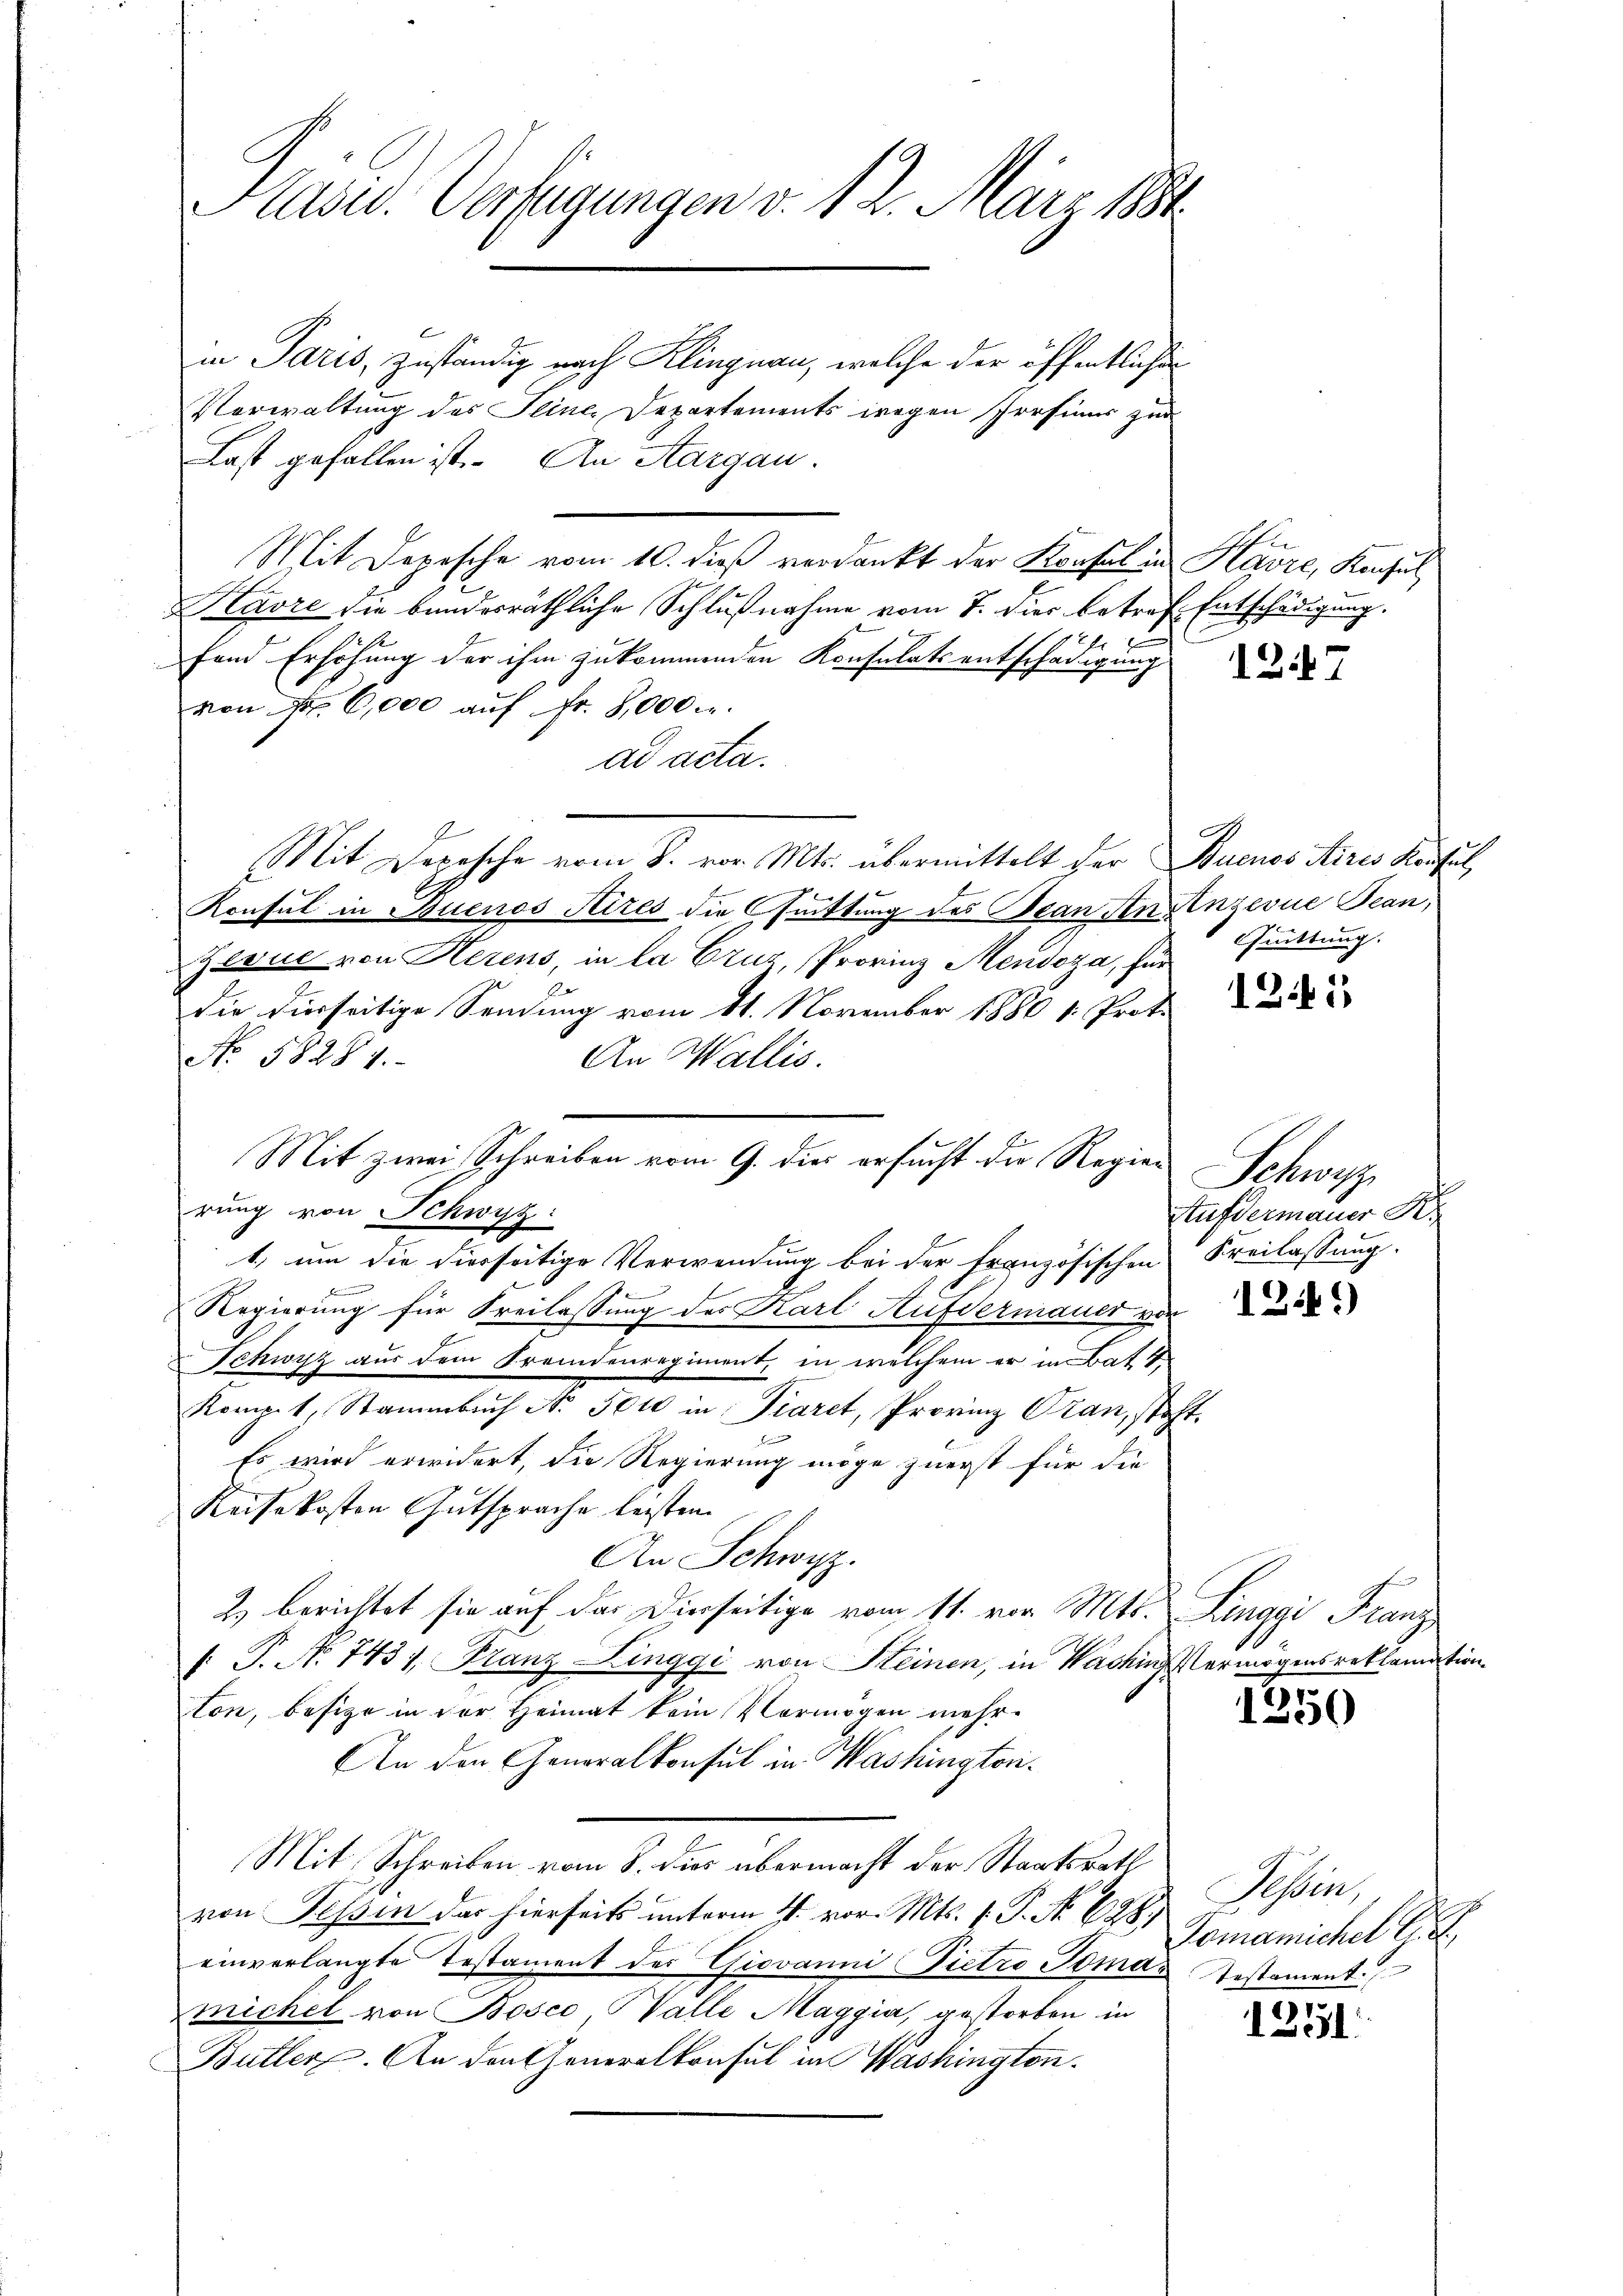
Präsid. Verfügungen v. 12. März 189

in Paris, zuständig nach Klingnau, welche der öffentlichen
Verwaltung des Seine Departements wegen Prosiner zur
Last gefallen ist. An Aargau.
Mit Depesche vom 10. dieß verdankt der Konsul in Havre, Konsul
Kavre die bundesräthliche Schlußnahme vom 7. dies betref Entschädigung.
fand Erhöhung der ihm zukommenden Konsulatsentschädigung
von Nr. 6,000 aŭf Fr. 8000
ad acta.
Mit Depesche vom 8. vor. Mts. übermittelt der Buenos Aires Konsul,
.
Konsul in Buenos Aires die Guittung des Jean An einzerne Bean,
Jerus von Herens, in la Cruz, Provinz Mendoza, für
die dierseitige Sendung vom 11. November 1880 v. Prot.
No. 58281.
An Wallis.
1.) um die hierseitige Verwendung bei der französischen Freilassung.
Regierung für Freilassung des Karl Aufdermauer vor
Schwyz aus dem Fremdenregiment, in welchem er in Bat 4
Komp. 1, Stammbuch No. 5000 in Piaret, Provinz Oran, steht.
Es wird erwidert, die Regierung möge zuerst für die
Reisekosten Gutsprache leisten.
An Schwyz.
2) berichtet sie auf das Dierseitige vom 11. von Mts. Linggi Franz
: P. No 7431, Franz Zinggi von Steinen, in Washin ermögensreklamation
ton, besize in der Heimat kein Vermögen mehr¬
An den Generalkonsul in Washingtori¬
Mit Schreiben vom 8. dies übermacht der Staatsrath
von Tessin das hierseits unterm 4. vor. Mts. (T. No 628.
einverlangte Testament des Giovanni Pietro Tomas Testament
mickel von Bosco alle Maggia, gestorben in
Butter. An den Generalkonsul in Washington.

rung von Schwyz:

Mit zwei Schreiben vom 9. dies ersucht die Regier

1247

fuittung.

121

Schweiz.
Aufdermauer K.

1244)

15
)

Tessin
Tomanischel Ei

11.
11: